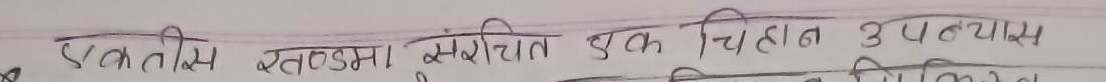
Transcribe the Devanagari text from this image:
एकतीस खण्डमा संग्रचित एक चिहान उपन्यास